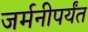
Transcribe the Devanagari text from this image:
जर्मनीपर्यंत